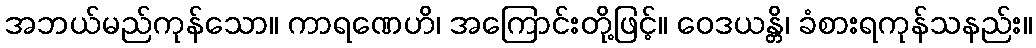
အဘယ်မည်ကုန်သော။ ကာရဏေဟိ၊ အကြောင်းတို့ဖြင့်။ ဝေဒယန္တိ၊ ခံစားရကုန်သနည်း။